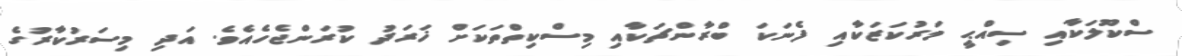
ސްކޫލަކާއި ސިއްޙީ މަރުކަޒަކާއި ފެނަކަ ބްރާންޗަކާއި މިސްކިތްތަކަށް ޚަރަދު ކުރަންޖެހެއެވެ. އަދި މިސަރުކާރުގެ